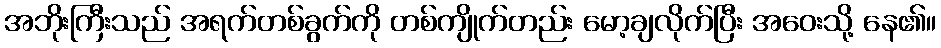
အဘိုးကြီးသည် အရက်တစ်ခွက်ကို တစ်ကျိုက်တည်း မော့ချလိုက်ပြီး အဝေးသို့ နေ၏။